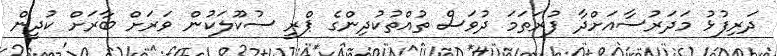
ދަރިފުޅު މަދަރުސާއަށްދާ ފުރަތަމަ ދުވަސް ތުއްތުކުދިންގެ ޕްރީ ސުކޫލަކުން ވަރަށް ބާރަށް ކުދީން